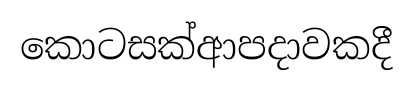
කොටසක්ආපදාවකදී